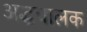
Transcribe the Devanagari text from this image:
अद्धचालक